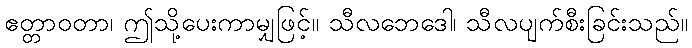
ဧတ္တာဝတာ၊ ဤသို့ပေးကာမျှဖြင့်။ သီလဘေဒေါ၊ သီလပျက်စီးခြင်းသည်။